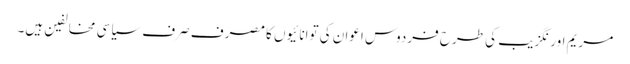
مریم اورنگزیب کی طرح فردوس اعوان کی توانائیوں کا مصرف صرف سیاسی مخالفین ہیں۔